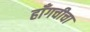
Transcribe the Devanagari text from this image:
हाँगचीचा